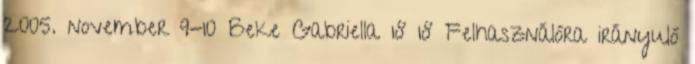
2005. november 9-10 Beke Gabriella 18 18 Felhasználóra irányuló